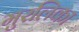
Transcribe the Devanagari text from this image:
मुरलिका